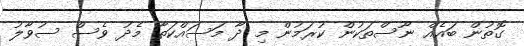
ގޮތުން ބައެއް ނޫސްތަކުން ކުރަމުން މި ދާ މަސައްކަތާ މެދު ވެސް ސުވާލު